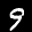
Label: 9